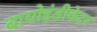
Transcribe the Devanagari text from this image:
बायोइंडीकेटर